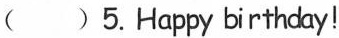
( )5.Happy birthday